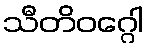
သီတိဝဂ္ဂေါ